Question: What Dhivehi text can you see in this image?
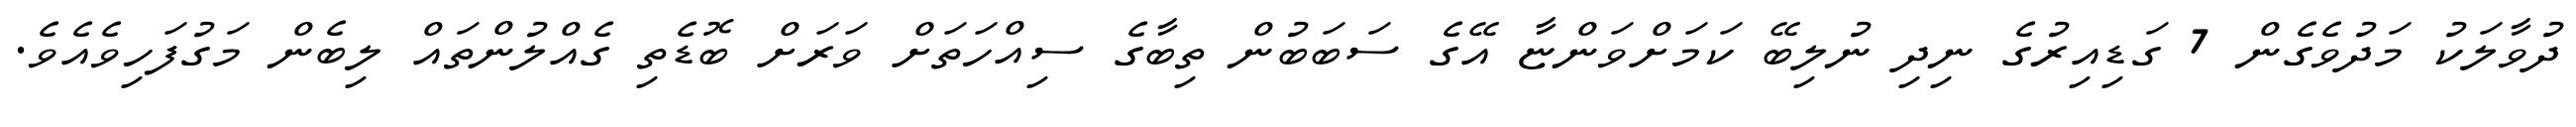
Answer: ދުވާލަކު މަދުވެގެން 7 ގަޑިއިރުގެ ނިދި ނުލިބޭ ކަމަށްވަންޏާ އޭގެ ސަބަބުން ތިބާގެ ސިއްހަތަށް ވަރަށް ބޮޑެތި ގެއްލުންތައް ލިބެން މަގުފަހިވެއެވެ.